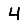
Digit: 4